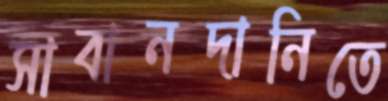
সাবানদানিতে